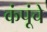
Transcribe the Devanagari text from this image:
कंपूंचे